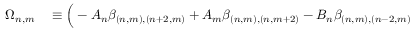
\begin{array} { r l } { \Omega _ { n , m } } & { { } \equiv \Big ( - A _ { n } \beta _ { ( n , m ) , ( n + 2 , m ) } + A _ { m } \beta _ { ( n , m ) , ( n , m + 2 ) } - B _ { n } \beta _ { ( n , m ) , ( n - 2 , m ) } } \end{array}